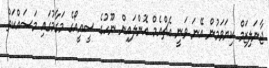
ޖާނަލިޒަމް ކިޔަވަމުން އޭނަ ވަނީ އެޗްއެމް އޮންލައިން ނޫހުގެ ސީއީއޯގެ މަގާމުގައި މަސައްކަތް